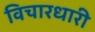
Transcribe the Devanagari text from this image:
विचारधारी